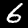
Label: 6